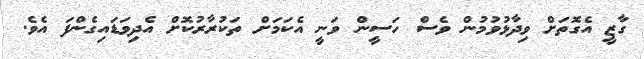
ގާޒީ އެގޮތަށް ވިދާޅުވުމުން ވެސް ހަސީން ވަނީ އެކަމަށް ތަކުރާރުކޮށް އެދިވަޑައިގެންފަ އެވެ.